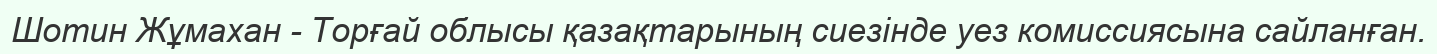
Шотин Жұмахан - Торғай облысы қазақтарының сиезінде уез комиссиясына сайланған.